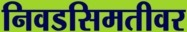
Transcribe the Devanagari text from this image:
निवडसिमतीवर